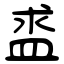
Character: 盚